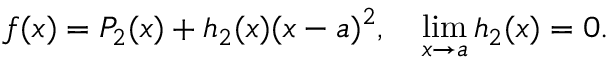
f ( x ) = P _ { 2 } ( x ) + h _ { 2 } ( x ) ( x - a ) ^ { 2 } , \quad \operatorname* { l i m } _ { x \to a } h _ { 2 } ( x ) = 0 .